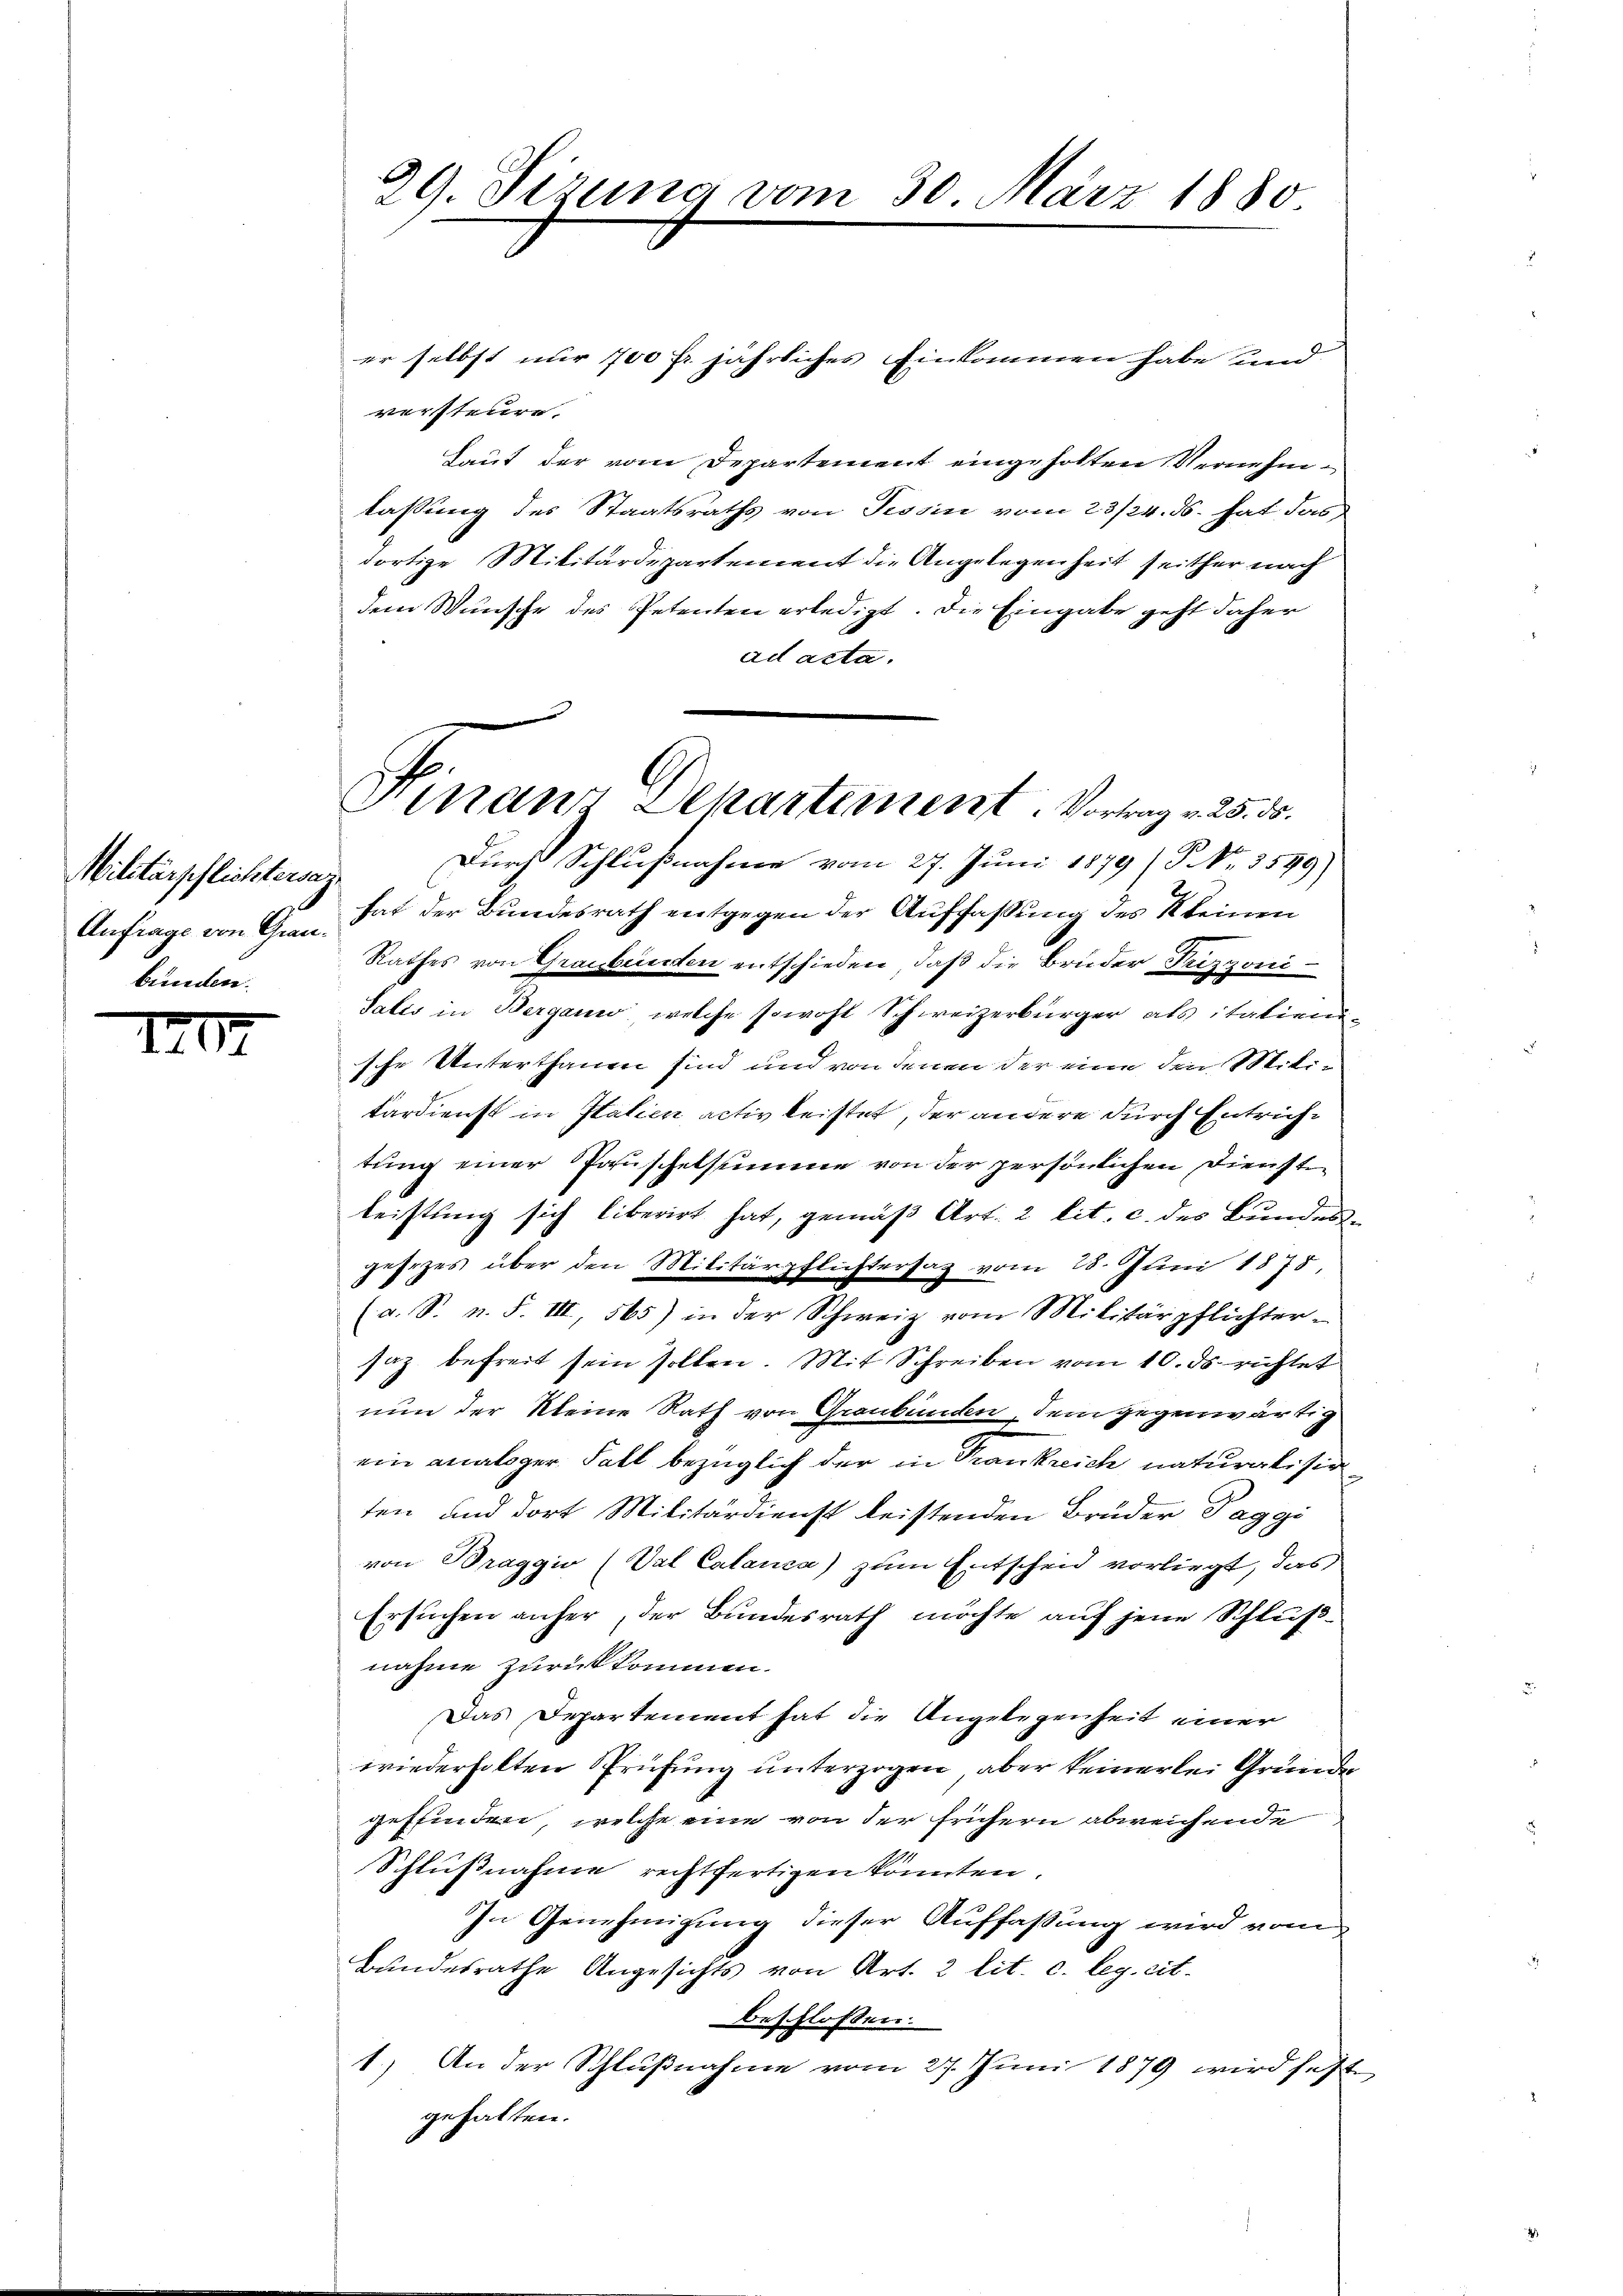
Militärpflichtersaz.
Anfrage von Graubunden.

170

29. Sizung vom 30. März 1880

Finanz Dekartement. Vortrag v. 25. ds.

er selbst nur 700 fr. jährliches Einkommen habe und
versteure.
Laut der vom Departement eingeholten Vernehmlassung des Staatsraths von Tessin vom 23/24. ds. hat das
dortige Militärdepartement die Angelegenheit seither nach
dem Wunsche des Petenten erledigt. Die Eingabe geht daher
ad acta.
Durch Schlußnahme vom 27. Juni 1879 (P No. 3599)
hat der Bundesrath entgegen der Auffassung des keinen
Rathes von Grausbunden entschieden, daß die Bruder Frizzoni-
Salis in Bergane, welche sowohl Schweizerbürger als itatiensche Unterthanen sind und von denen der eine den Militardienst in Italien activ leistet, der andere durch Entrichtung einer Pauschelsumme von der persönlichen Diensten
leistung sich liberirt hat, gemäß Art. 2 lit. c. des Bundesjesizes über den Militärpflichtersaz vom 28. Juni 1875.
(a. S. n. F. III, 565) in der Schweiz vom Militärpflichter-
saz befreit sein sollen. Mit Schreiben vom 10. ds richtet
nun der Kleine Rath von Graubünden, dem gegenwärtig
ein analoger Fall bezüglich der in Trankreich naturalisir
ten und dort Militärdienst leistenden Brüder Paggi
von Braggio (Val Calanca) zum Entscheid vorliegt, das
Ersuchen anher, der Bundesrath möchte auf jene Schlußnahme zurückkommen.
Das Departement hat die Angelegenheit einer
wiederholten Prüfung unterzogen, aber keinerlei Gründe
geffinden, welche eine von der suchern abweichende
Schlußnahme rechtfertigen könnten.
In Genehmigung dieser Auffaßung wird vom
Bundesrathe Angesichts von Art. 2 lit. c. leg. cit.
beschlossen:
1.) An der Schlußnahme vom 27. Juni 1879 wird seit
gehalten.

2